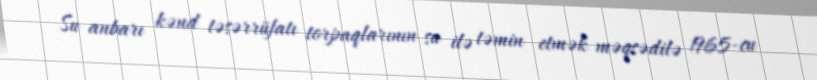
Su anbarı kənd təsərrüfatı torpaqlarının su ilə təmin etmək məqsədilə 1965-cu